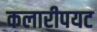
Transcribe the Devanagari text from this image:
कलारीपयट